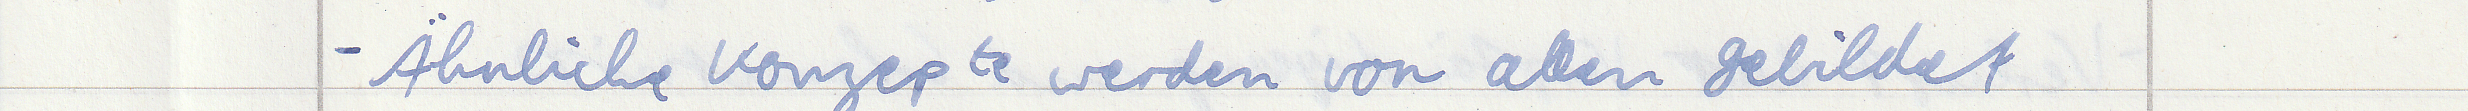
- Ähnliche Konzepte werden von allen gebildet